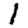
Digit: 1